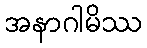
အနာဂါမိဿ